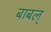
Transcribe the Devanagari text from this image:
बाबल्